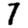
Digit: 7